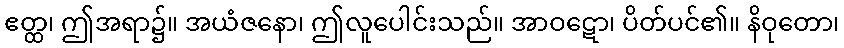
ဧတ္ထ၊ ဤအရာ၌။ အယံဇနော၊ ဤလူပေါင်းသည်။ အာဝဋော၊ ပိတ်ပင်၏။ နိဝုတော၊